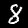
Label: 8